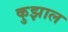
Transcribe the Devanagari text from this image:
कुझाल